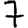
Digit: 7